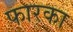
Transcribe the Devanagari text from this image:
फारका